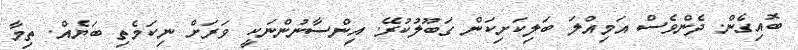
ބޮއިގެން. ދެންވެސް އަމިއްލަ ބަލިކަށިކަން ގަބޫލުކުރޭ. އިންސާނުންނަކީ ވަރަށް ނިކަމެތި ބަޔެއް. ތިމާ